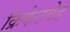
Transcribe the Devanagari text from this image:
क्रिकेटवेड